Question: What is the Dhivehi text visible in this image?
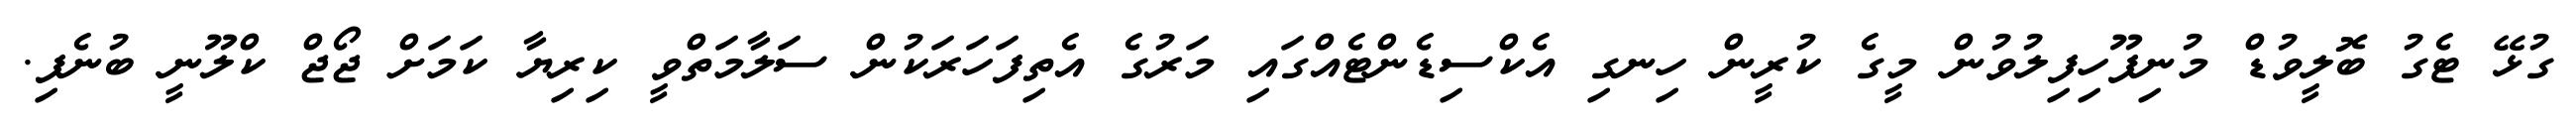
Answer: ގުޅޭ ޓެގު ބޮލީވުޑް މުނިފޫހިފިލުވުން މީގެ ކުރީން ހިނގި އެކްސިޑެންޓެއްގައި މަރުގެ އެތިފަހަރަކުން ސަލާމަތްވީ ކިރިޔާ ކަމަށް ޖޯޖް ކްލޫނީ ބުނެފި.